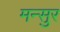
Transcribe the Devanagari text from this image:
मन्सुर